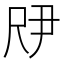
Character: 𫵗